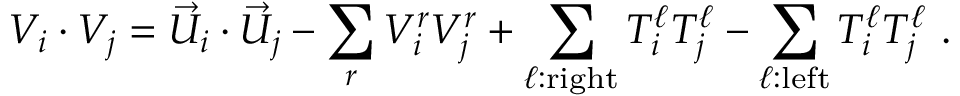
V _ { i } \cdot V _ { j } = { \vec { U } } _ { i } \cdot { \vec { U } } _ { j } - \sum _ { r } V _ { i } ^ { r } V _ { j } ^ { r } + \sum _ { \ell : { \mathrm { r i g h t } } } T _ { i } ^ { \ell } T _ { j } ^ { \ell } - \sum _ { \ell : { \mathrm { l e f t } } } T _ { i } ^ { \ell } T _ { j } ^ { \ell } ~ .